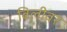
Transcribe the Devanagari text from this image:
बिलीवर